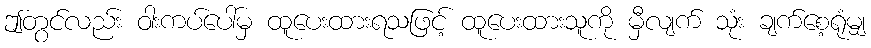
ဤတွင်လည်း ဝါးကပ်ပေါ်မှ ထူပေးထားရသဖြင့် ထူပေးထားသူကို မှီလျက် သုံး ချက်စေ့ရုံမျှ